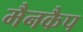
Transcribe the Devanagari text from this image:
मैनकैप